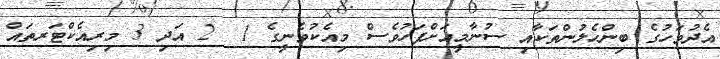
އެދުވަހުގެ ބިންހެލުންތަކާއި ސުނާމީއަށްފަހުވެސް މިއެކުވެނީގެ 1  2 އަދި 3 މިރިއެކްޓަރތައް